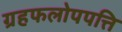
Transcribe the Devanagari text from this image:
ग्रहफलोपपत्ति